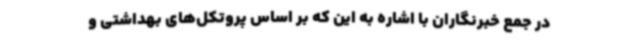
در جمع خبرنگاران با اشاره به این‌ که بر اساس پروتکل‌های بهداشتی و